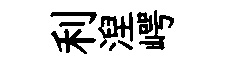
利湼崿